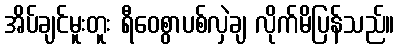
အိပ်ချင်မူးတူး ရီဝေစွာပစ်လှဲချ လိုက်မိပြန်သည်။